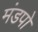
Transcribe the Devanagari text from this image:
मंडपो